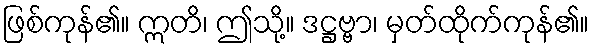
ဖြစ်ကုန်၏။ ဣတိ၊ ဤသို့။ ဒဋ္ဌဗ္ဗာ၊ မှတ်ထိုက်ကုန်၏။